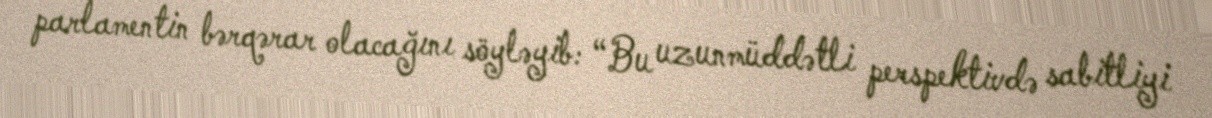
parlamentin bərqərar olacağını söyləyib: “Bu uzunmüddətli perspektivdə sabitliyi